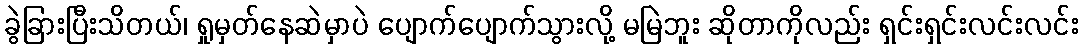
ခွဲခြားပြီးသိတယ်၊ ရှုမှတ်နေဆဲမှာပဲ ပျောက်ပျောက်သွားလို့ မမြဲဘူး ဆိုတာကိုလည်း ရှင်းရှင်းလင်းလင်း